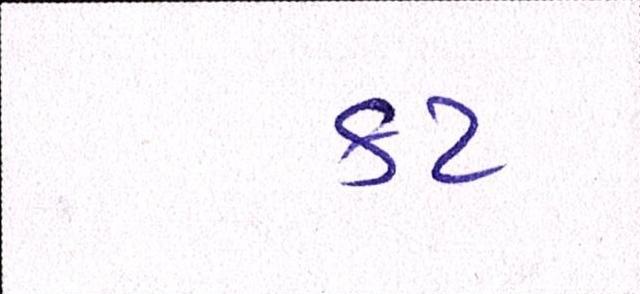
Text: કટ